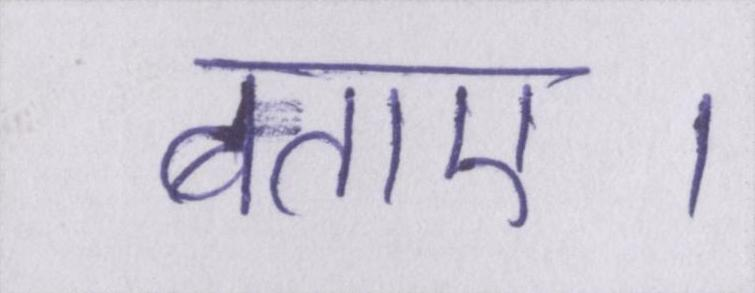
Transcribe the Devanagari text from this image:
बताए।